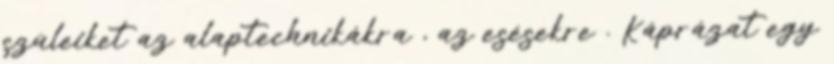
szüleiket az alaptechnikákra , az esésekre . Káprázat egy